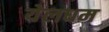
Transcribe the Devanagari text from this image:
येलधम